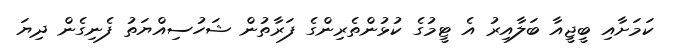
ކަމަށާއި ބީޖީއާ ބަލާއިރު އެ ޓީމުގެ ކުޅުންތެރިންގެ ފަރާތުން ޝަހުސިއްޔަތު ފެނިގެން ދިޔަ